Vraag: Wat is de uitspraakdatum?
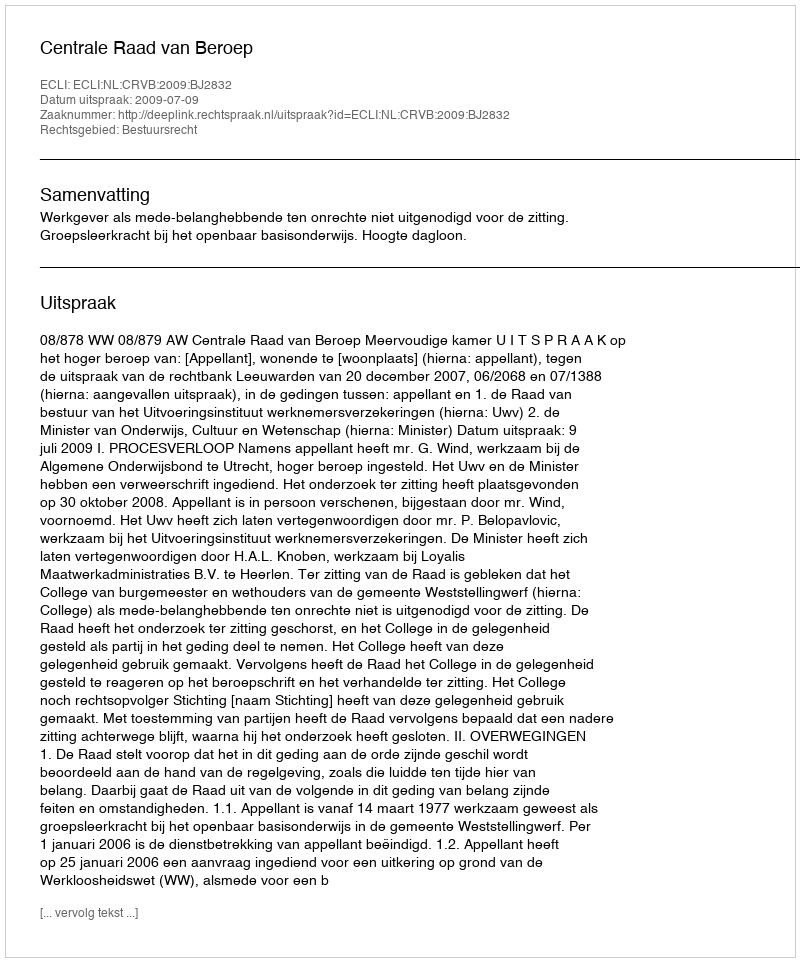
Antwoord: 2009-07-09